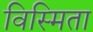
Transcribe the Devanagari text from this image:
विस्मिता